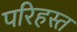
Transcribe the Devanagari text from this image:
परिहस्त